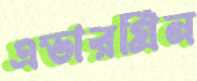
এভারগ্রিন